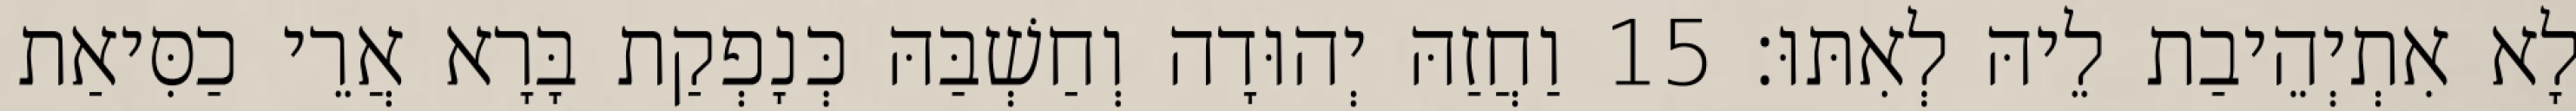
לָא אִתְיְהֵיבַת לֵיהּ לְאִתּוּ׃ 15 וַחֲזַהּ יְהוּדָה וְחַשְׁבַּהּ כְּנָפְקַת בָּרָא אֲרֵי כַסִּיאַת